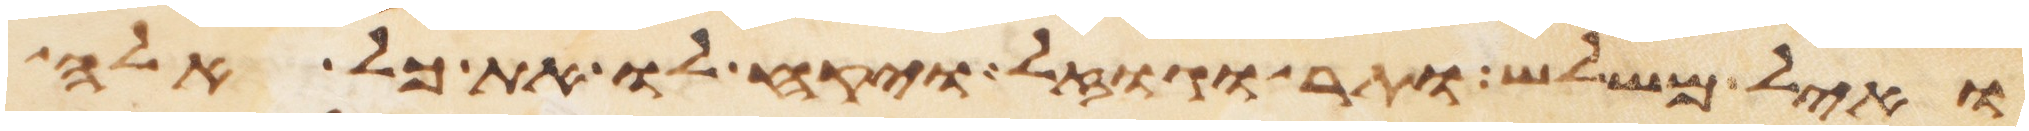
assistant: ואיל משלש ותר וגוזל ויקח לו את כל אלה